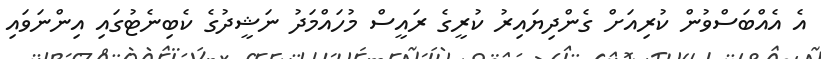
އެ އެއްބަސްވުން ކުރިއަށް ގެންދިޔައިރު ކުރީގެ ރައީސް މުހައްމަދު ނަޝީދުގެ ކެބިނެޓުގައި އިންނަވައި